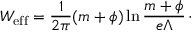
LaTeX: W _ { \mathrm { e f f } } = { \frac { 1 } { 2 \pi } } ( m + \phi ) \ln { \frac { m + \phi } { e \Lambda } } \, \cdotp